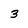
Character: 3